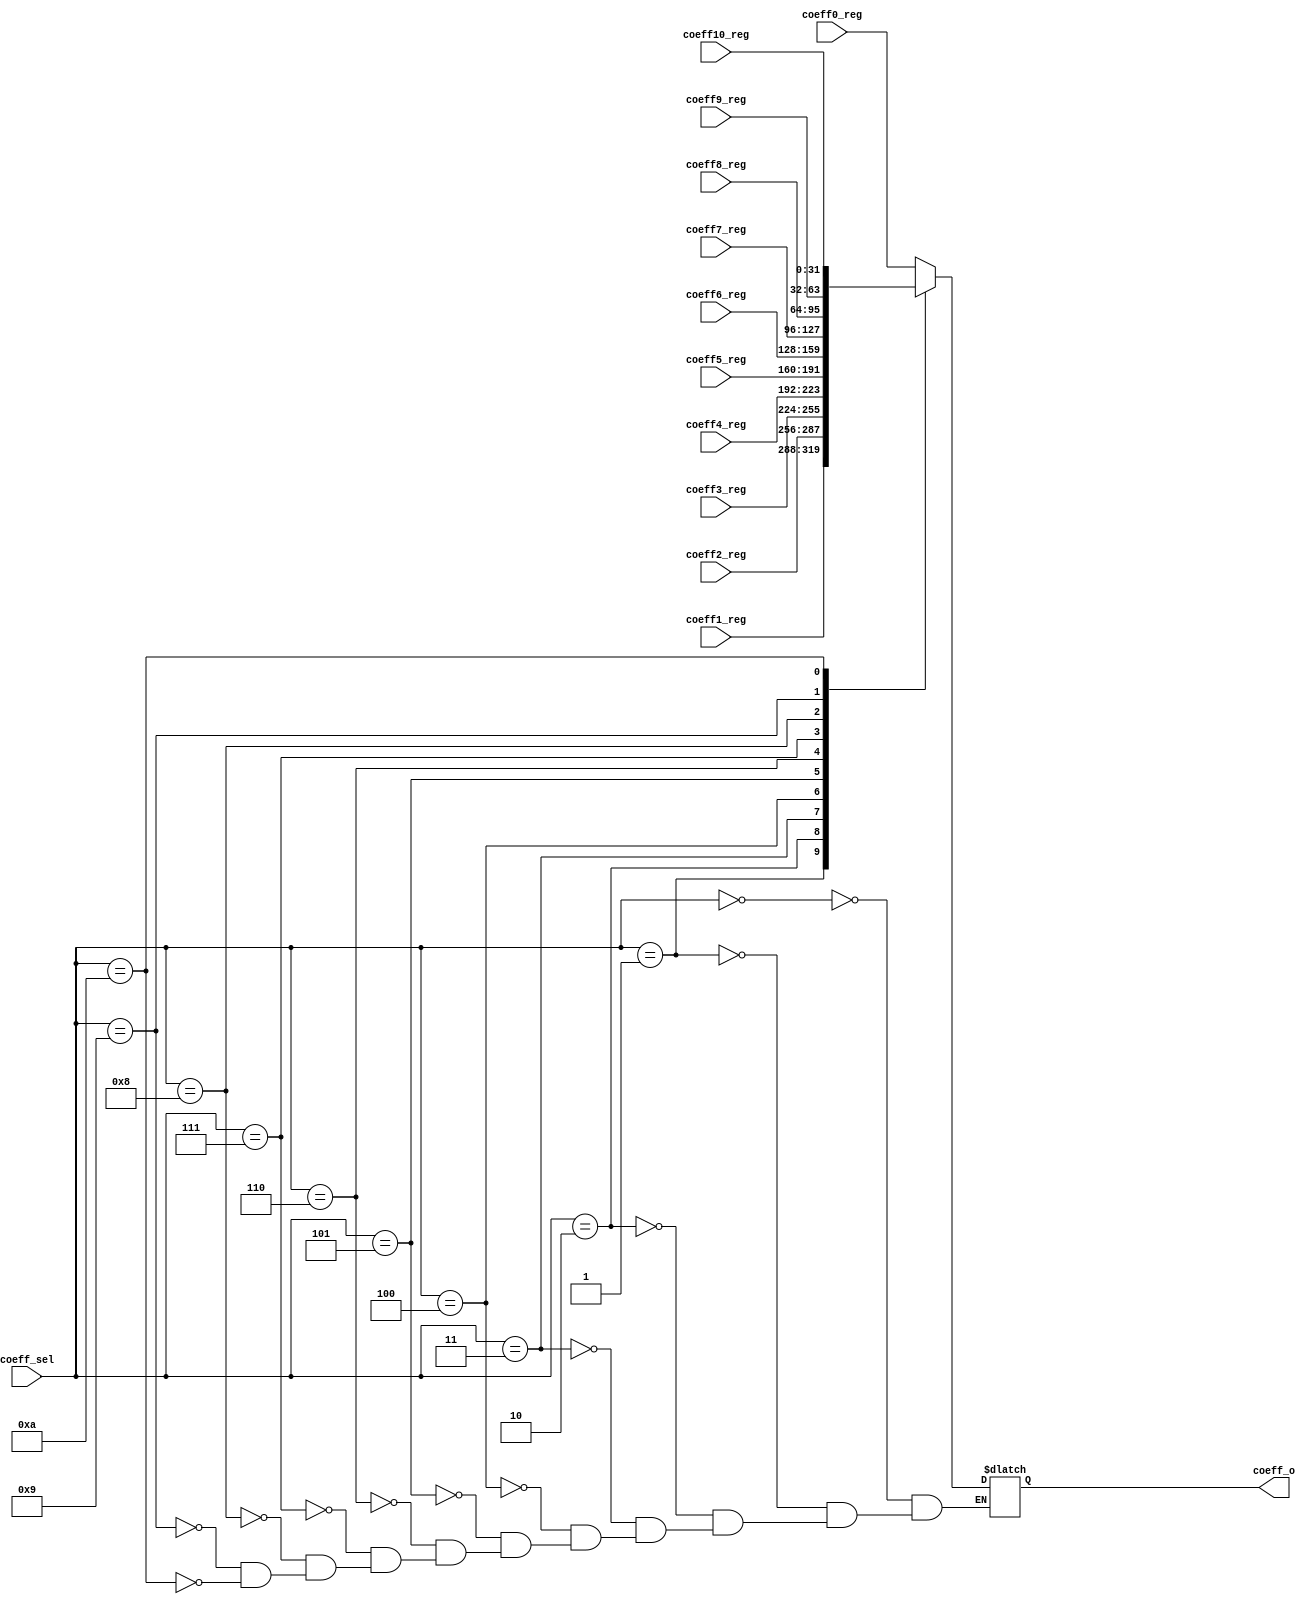
`timescale 1ns / 1ps
//////////////////////////////////////////////////////////////////////////////////
// Company: 
// Engineer: 
// 
// Design Name: 
// Module Name:    coeff_register 
// Project Name: 
// Target Devices: 
// Tool versions: 
// Description: 
//
// Dependencies: 
//
// Revision: 
// Revision 0.01 - File Created
// Additional Comments: 
//
//////////////////////////////////////////////////////////////////////////////////
module coeff_register(
	 input [3:0]   coeff_sel,
	 input [31:0]  coeff0_reg,
	 input [31:0]  coeff1_reg,
	 input [31:0]  coeff2_reg,
	 input [31:0]  coeff3_reg,
	 input [31:0]  coeff4_reg,
	 input [31:0]  coeff5_reg,
	 input [31:0]  coeff6_reg,
	 input [31:0]  coeff7_reg,
	 input [31:0]  coeff8_reg,
	 input [31:0]  coeff9_reg,
	 input [31:0]  coeff10_reg,
	 output reg [31:0] coeff_o
    );

always @(*)
begin
	case(coeff_sel)
		4'b0000:
		begin
			coeff_o = coeff0_reg;
		end
		4'b0001:
		begin
			coeff_o = coeff1_reg;
		end
		4'b0010:
		begin
			coeff_o = coeff2_reg;
		end
		4'b0011:
		begin
			coeff_o = coeff3_reg;
		end
		4'b0100:
		begin
			coeff_o = coeff4_reg;
		end
		4'b0101:
		begin
			coeff_o = coeff5_reg;
		end
		4'b0110:
		begin
			coeff_o = coeff6_reg;
		end
		4'b0111:
		begin
			coeff_o = coeff7_reg;
		end 
		4'b1000:
		begin
			coeff_o = coeff8_reg;
		end
		4'b1001:
		begin
			coeff_o = coeff9_reg;
		end
		4'b1010:
		begin
			coeff_o = coeff10_reg;
		end
	endcase
end

endmodule